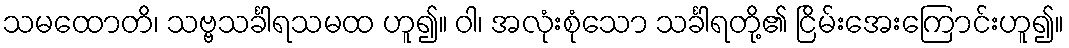
သမထောတိ၊ သဗ္ဗသင်္ခါရသမထ ဟူ၍။ ဝါ၊ အလုံးစုံသော သင်္ခါရတို့၏ ငြိမ်းအေးကြောင်းဟူ၍။